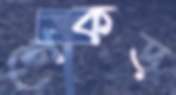
শেকড়